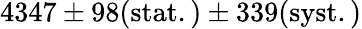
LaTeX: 4347\pm 98\mathrm{{(stat.)}\pm 339\mathrm{{(syst.)}}}